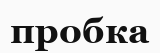
пробка